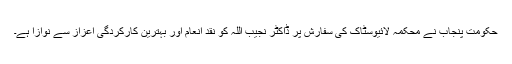
حکومتِ پنجاب نے محکمہ لائیوسٹاک کی سفارش پر ڈاکٹر نجیب اللہ کو نقد انعام اور بہترین کارکردگی اعزاز سے نوازا ہے۔